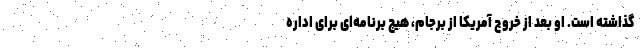
گذاشته است. او بعد از خروج آمریکا از برجام، هیچ برنامه‌ای برای اداره